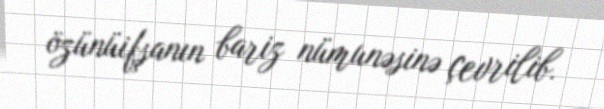
özünüifşanın bariz nümunəsinə çevrilib.